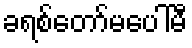
ခရစ်တော်မပေါ်မီ